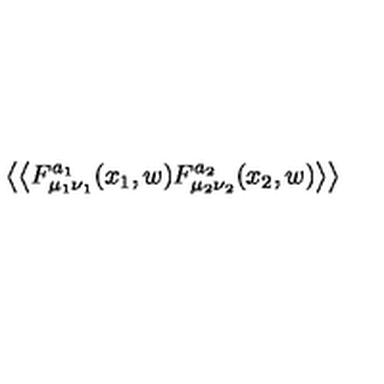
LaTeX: \left< \left< F _ { \mu _ { 1 } \nu _ { 1 } } ^ { a _ { 1 } } ( x _ { 1 } , w ) F _ { \mu _ { 2 } \nu _ { 2 } } ^ { a _ { 2 } } ( x _ { 2 } , w ) \right> \right>